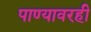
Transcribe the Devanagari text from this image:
पाण्यावरही